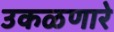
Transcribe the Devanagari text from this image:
उकळणारे